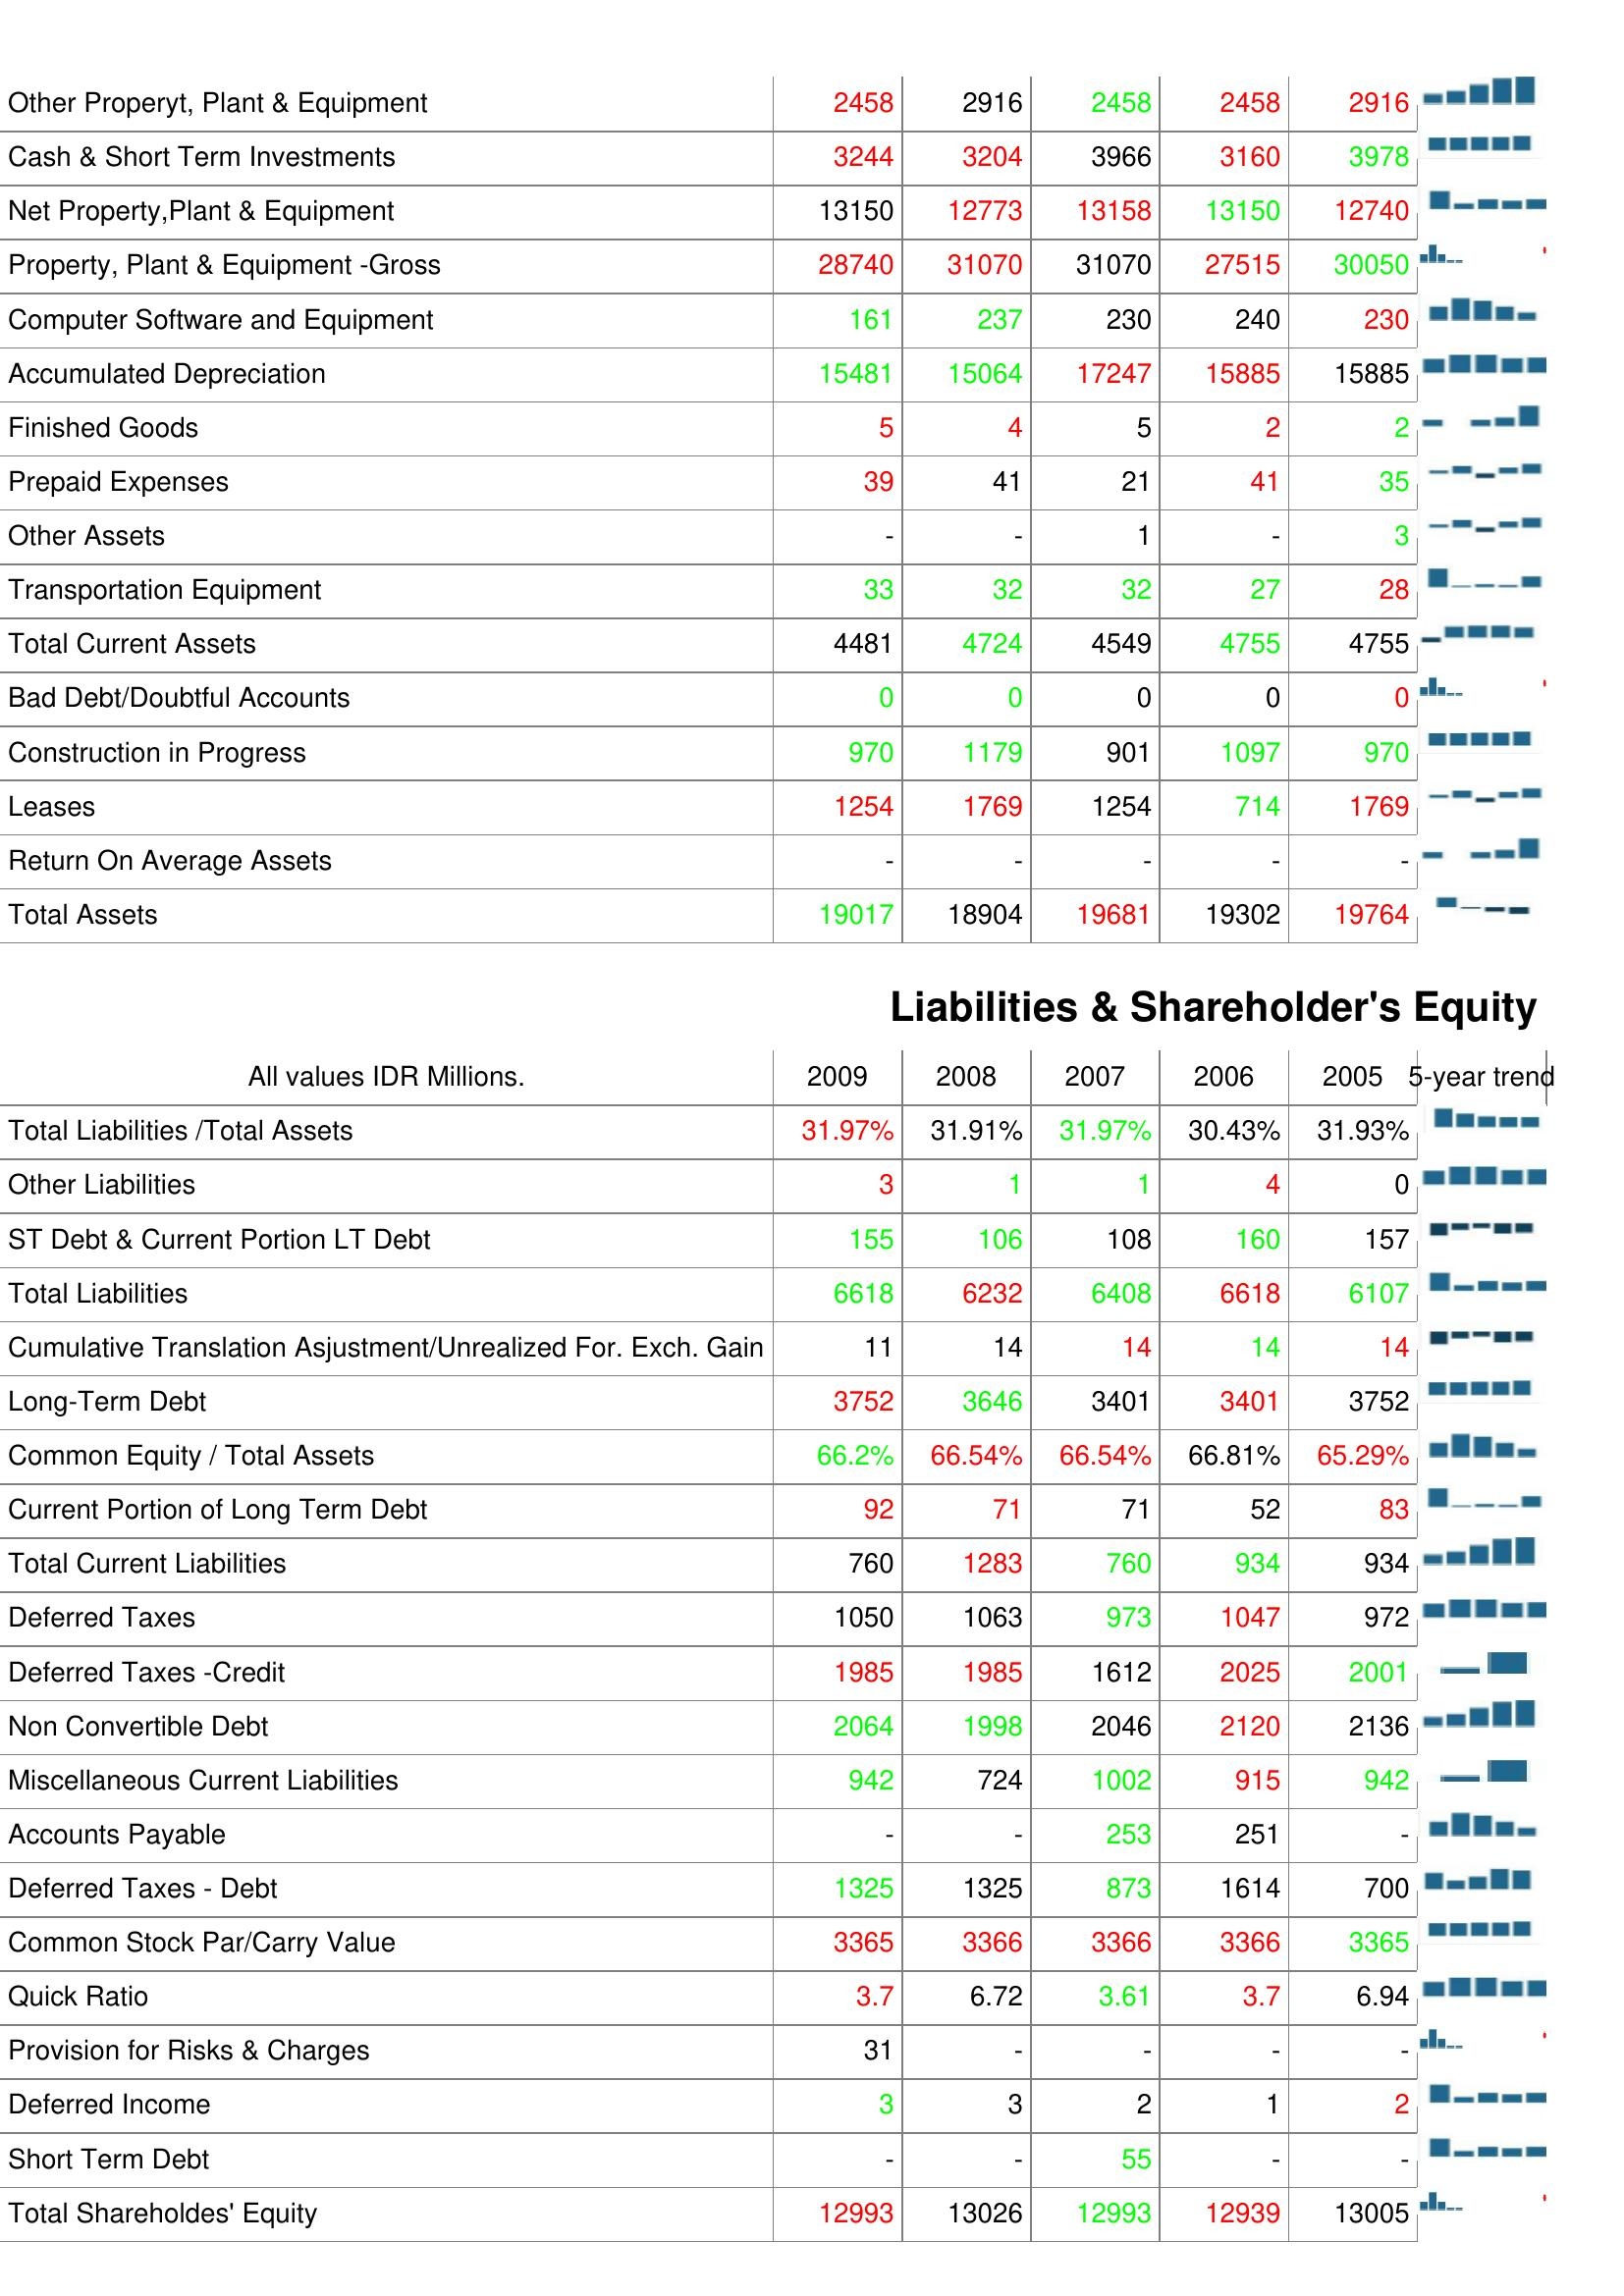
2009: Assets: Other Properyt, Plant & Equipment: 2458
Cash & Short Term Investments: 3244
Net Property,Plant & Equipment: 13150
Property, Plant & Equipment -Gross: 28740
Computer Software and Equipment: 161
Accumulated Depreciation: 15481
Finished Goods: 5
Prepaid Expenses: 39
Other Assets: -
Transportation Equipment: 33
Total Current Assets: 4481
Bad Debt/Doubtful Accounts: 0
Construction in Progress: 970
Leases: 1254
Return On Average Assets: -
Total Assets: 19017
Liabilities & Shareholder's Equity: Total Liabilities /Total Assets: 31.97%
Other Liabilities: 3
ST Debt & Current Portion LT Debt: 155
Total Liabilities: 6618
Cumulative Translation Asjustment/Unrealized For. Exch. Gain: 11
Long-Term Debt: 3752
Common Equity / Total Assets: 66.2%
Current Portion of Long Term Debt: 92
Total Current Liabilities: 760
Deferred Taxes: 1050
Deferred Taxes -Credit: 1985
Non Convertible Debt: 2064
Miscellaneous Current Liabilities: 942
Accounts Payable: -
Deferred Taxes - Debt: 1325
Common Stock Par/Carry Value: 3365
Quick Ratio: 3.7
Provision for Risks & Charges: 31
Deferred Income: 3
Short Term Debt: -
Total Shareholdes' Equity: 12993
2008: Assets: Other Properyt, Plant & Equipment: 2916
Cash & Short Term Investments: 3204
Net Property,Plant & Equipment: 12773
Property, Plant & Equipment -Gross: 31070
Computer Software and Equipment: 237
Accumulated Depreciation: 15064
Finished Goods: 4
Prepaid Expenses: 41
Other Assets: -
Transportation Equipment: 32
Total Current Assets: 4724
Bad Debt/Doubtful Accounts: 0
Construction in Progress: 1179
Leases: 1769
Return On Average Assets: -
Total Assets: 18904
Liabilities & Shareholder's Equity: Total Liabilities /Total Assets: 31.91%
Other Liabilities: 1
ST Debt & Current Portion LT Debt: 106
Total Liabilities: 6232
Cumulative Translation Asjustment/Unrealized For. Exch. Gain: 14
Long-Term Debt: 3646
Common Equity / Total Assets: 66.54%
Current Portion of Long Term Debt: 71
Total Current Liabilities: 1283
Deferred Taxes: 1063
Deferred Taxes -Credit: 1985
Non Convertible Debt: 1998
Miscellaneous Current Liabilities: 724
Accounts Payable: -
Deferred Taxes - Debt: 1325
Common Stock Par/Carry Value: 3366
Quick Ratio: 6.72
Provision for Risks & Charges: -
Deferred Income: 3
Short Term Debt: -
Total Shareholdes' Equity: 13026
2007: Assets: Other Properyt, Plant & Equipment: 2458
Cash & Short Term Investments: 3966
Net Property,Plant & Equipment: 13158
Property, Plant & Equipment -Gross: 31070
Computer Software and Equipment: 230
Accumulated Depreciation: 17247
Finished Goods: 5
Prepaid Expenses: 21
Other Assets: 1
Transportation Equipment: 32
Total Current Assets: 4549
Bad Debt/Doubtful Accounts: 0
Construction in Progress: 901
Leases: 1254
Return On Average Assets: -
Total Assets: 19681
Liabilities & Shareholder's Equity: Total Liabilities /Total Assets: 31.97%
Other Liabilities: 1
ST Debt & Current Portion LT Debt: 108
Total Liabilities: 6408
Cumulative Translation Asjustment/Unrealized For. Exch. Gain: 14
Long-Term Debt: 3401
Common Equity / Total Assets: 66.54%
Current Portion of Long Term Debt: 71
Total Current Liabilities: 760
Deferred Taxes: 973
Deferred Taxes -Credit: 1612
Non Convertible Debt: 2046
Miscellaneous Current Liabilities: 1002
Accounts Payable: 253
Deferred Taxes - Debt: 873
Common Stock Par/Carry Value: 3366
Quick Ratio: 3.61
Provision for Risks & Charges: -
Deferred Income: 2
Short Term Debt: 55
Total Shareholdes' Equity: 12993
2006: Assets: Other Properyt, Plant & Equipment: 2458
Cash & Short Term Investments: 3160
Net Property,Plant & Equipment: 13150
Property, Plant & Equipment -Gross: 27515
Computer Software and Equipment: 240
Accumulated Depreciation: 15885
Finished Goods: 2
Prepaid Expenses: 41
Other Assets: -
Transportation Equipment: 27
Total Current Assets: 4755
Bad Debt/Doubtful Accounts: 0
Construction in Progress: 1097
Leases: 714
Return On Average Assets: -
Total Assets: 19302
Liabilities & Shareholder's Equity: Total Liabilities /Total Assets: 30.43%
Other Liabilities: 4
ST Debt & Current Portion LT Debt: 160
Total Liabilities: 6618
Cumulative Translation Asjustment/Unrealized For. Exch. Gain: 14
Long-Term Debt: 3401
Common Equity / Total Assets: 66.81%
Current Portion of Long Term Debt: 52
Total Current Liabilities: 934
Deferred Taxes: 1047
Deferred Taxes -Credit: 2025
Non Convertible Debt: 2120
Miscellaneous Current Liabilities: 915
Accounts Payable: 251
Deferred Taxes - Debt: 1614
Common Stock Par/Carry Value: 3366
Quick Ratio: 3.7
Provision for Risks & Charges: -
Deferred Income: 1
Short Term Debt: -
Total Shareholdes' Equity: 12939
2005: Assets: Other Properyt, Plant & Equipment: 2916
Cash & Short Term Investments: 3978
Net Property,Plant & Equipment: 12740
Property, Plant & Equipment -Gross: 30050
Computer Software and Equipment: 230
Accumulated Depreciation: 15885
Finished Goods: 2
Prepaid Expenses: 35
Other Assets: 3
Transportation Equipment: 28
Total Current Assets: 4755
Bad Debt/Doubtful Accounts: 0
Construction in Progress: 970
Leases: 1769
Return On Average Assets: -
Total Assets: 19764
Liabilities & Shareholder's Equity: Total Liabilities /Total Assets: 31.93%
Other Liabilities: 0
ST Debt & Current Portion LT Debt: 157
Total Liabilities: 6107
Cumulative Translation Asjustment/Unrealized For. Exch. Gain: 14
Long-Term Debt: 3752
Common Equity / Total Assets: 65.29%
Current Portion of Long Term Debt: 83
Total Current Liabilities: 934
Deferred Taxes: 972
Deferred Taxes -Credit: 2001
Non Convertible Debt: 2136
Miscellaneous Current Liabilities: 942
Accounts Payable: -
Deferred Taxes - Debt: 700
Common Stock Par/Carry Value: 3365
Quick Ratio: 6.94
Provision for Risks & Charges: -
Deferred Income: 2
Short Term Debt: -
Total Shareholdes' Equity: 13005